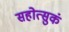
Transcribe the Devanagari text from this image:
सहोत्सुकं